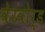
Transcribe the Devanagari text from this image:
वेरवोर्ड